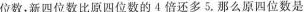
位数，新四位数比原四位数的4倍还多5，那么原四位数是